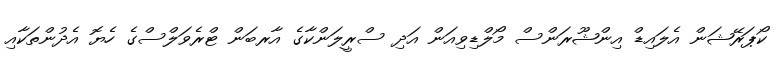
ކޯޕަރޭޝަން އެލައިޑް އިންޝޫރަންސް މޯލްޑިވިއަން އަދި ސްރީލަންކާގެ އާރބަން ޓްރެވަލްސްގެ ހެޔޮ އެދުންތަކާއި